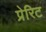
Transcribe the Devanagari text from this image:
प्रेरिट